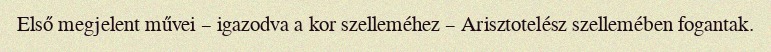
Első megjelent művei – igazodva a kor szelleméhez – Arisztotelész szellemében fogantak.